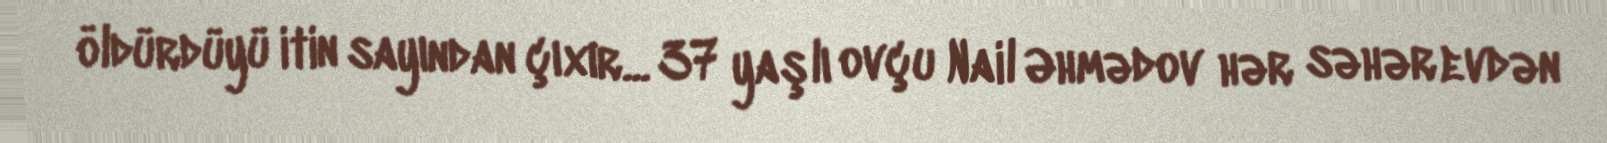
öldürdüyü itin sayından çıxır... 37 yaşlı ovçu Nail Əhmədov hər səhər evdən